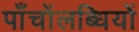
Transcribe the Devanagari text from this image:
पाँचोंलब्धियों